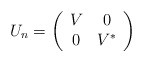
\begin{align*}U_n = \left(\begin{array}{cc}V & 0 \\0 & V^*\end{array}\right)\end{align*}